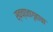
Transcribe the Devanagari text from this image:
स्वच्छतागृहाचा